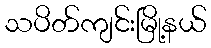
သပိတ်ကျင်းမြို့နယ်